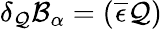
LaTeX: \delta_{\mathcal{Q}}\mathcal{B}_{\alpha}=(\overline{{{\epsilon}}}\mathcal{Q})